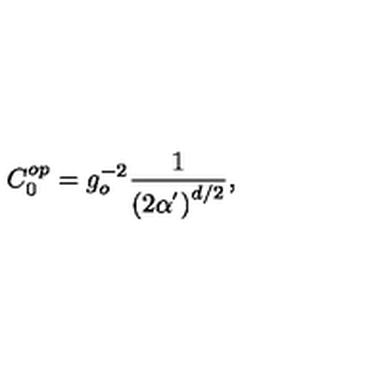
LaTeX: C _ { 0 } ^ { o p } = g _ { o } ^ { - 2 } \frac { 1 } { \left( 2 \alpha ^ { ^ { \prime } } \right) ^ { d / 2 } } ,